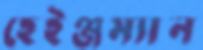
হেইঞ্জম্যান